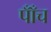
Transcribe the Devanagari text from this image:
पाँँच